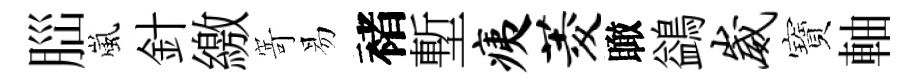
𦛁嵐針繳𭔃易褚塹痍菱瞰鷁崴寶軸